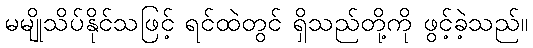
မမျိုသိပ်နိုင်သဖြင့် ရင်ထဲတွင် ရှိသည်တို့ကို ဖွင့်ခဲ့သည်။